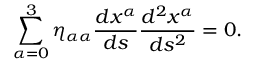
\sum _ { \alpha = 0 } ^ { 3 } \eta _ { \alpha \alpha } \frac { d x ^ { \alpha } } { d s } \frac { d ^ { 2 } x ^ { \alpha } } { d s ^ { 2 } } = 0 .